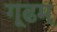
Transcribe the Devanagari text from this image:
गूढम्